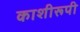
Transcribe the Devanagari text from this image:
काशीरूपी